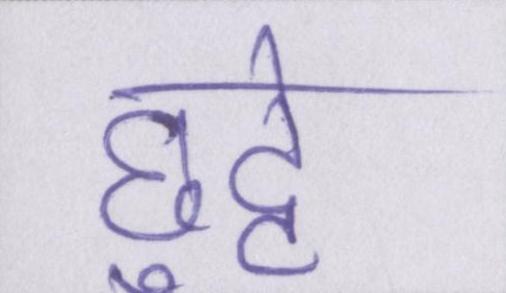
छुट्टे